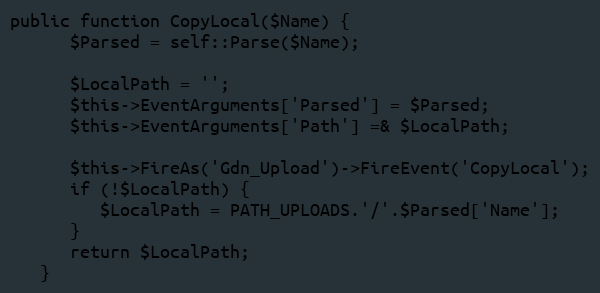
Language: PHP
public function CopyLocal($Name) {
      $Parsed = self::Parse($Name);

      $LocalPath = '';
      $this->EventArguments['Parsed'] = $Parsed;
      $this->EventArguments['Path'] =& $LocalPath;

      $this->FireAs('Gdn_Upload')->FireEvent('CopyLocal');
      if (!$LocalPath) {
         $LocalPath = PATH_UPLOADS.'/'.$Parsed['Name'];
      }
      return $LocalPath;
   }